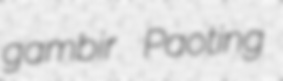
gambir Paoting